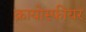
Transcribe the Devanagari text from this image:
क्रायोस्फीयर